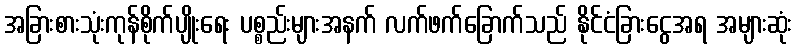
အခြားစားသုံးကုန်စိုက်ပျိုးရေး ပစ္စည်းများအနက် လက်ဖက်ခြောက်သည် နိုင်ငံခြားငွေအရ အများဆုံး